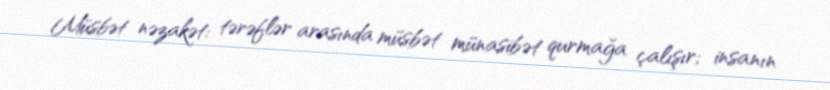
Müsbət nəzakət: tərəflər arasında müsbət münasibət qurmağa çalışır; insanın